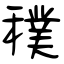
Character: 穙